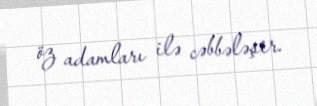
öz adamları ilə cəbbələşir.